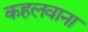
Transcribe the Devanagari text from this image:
कहलवाना